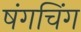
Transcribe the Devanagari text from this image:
षंगचिंग